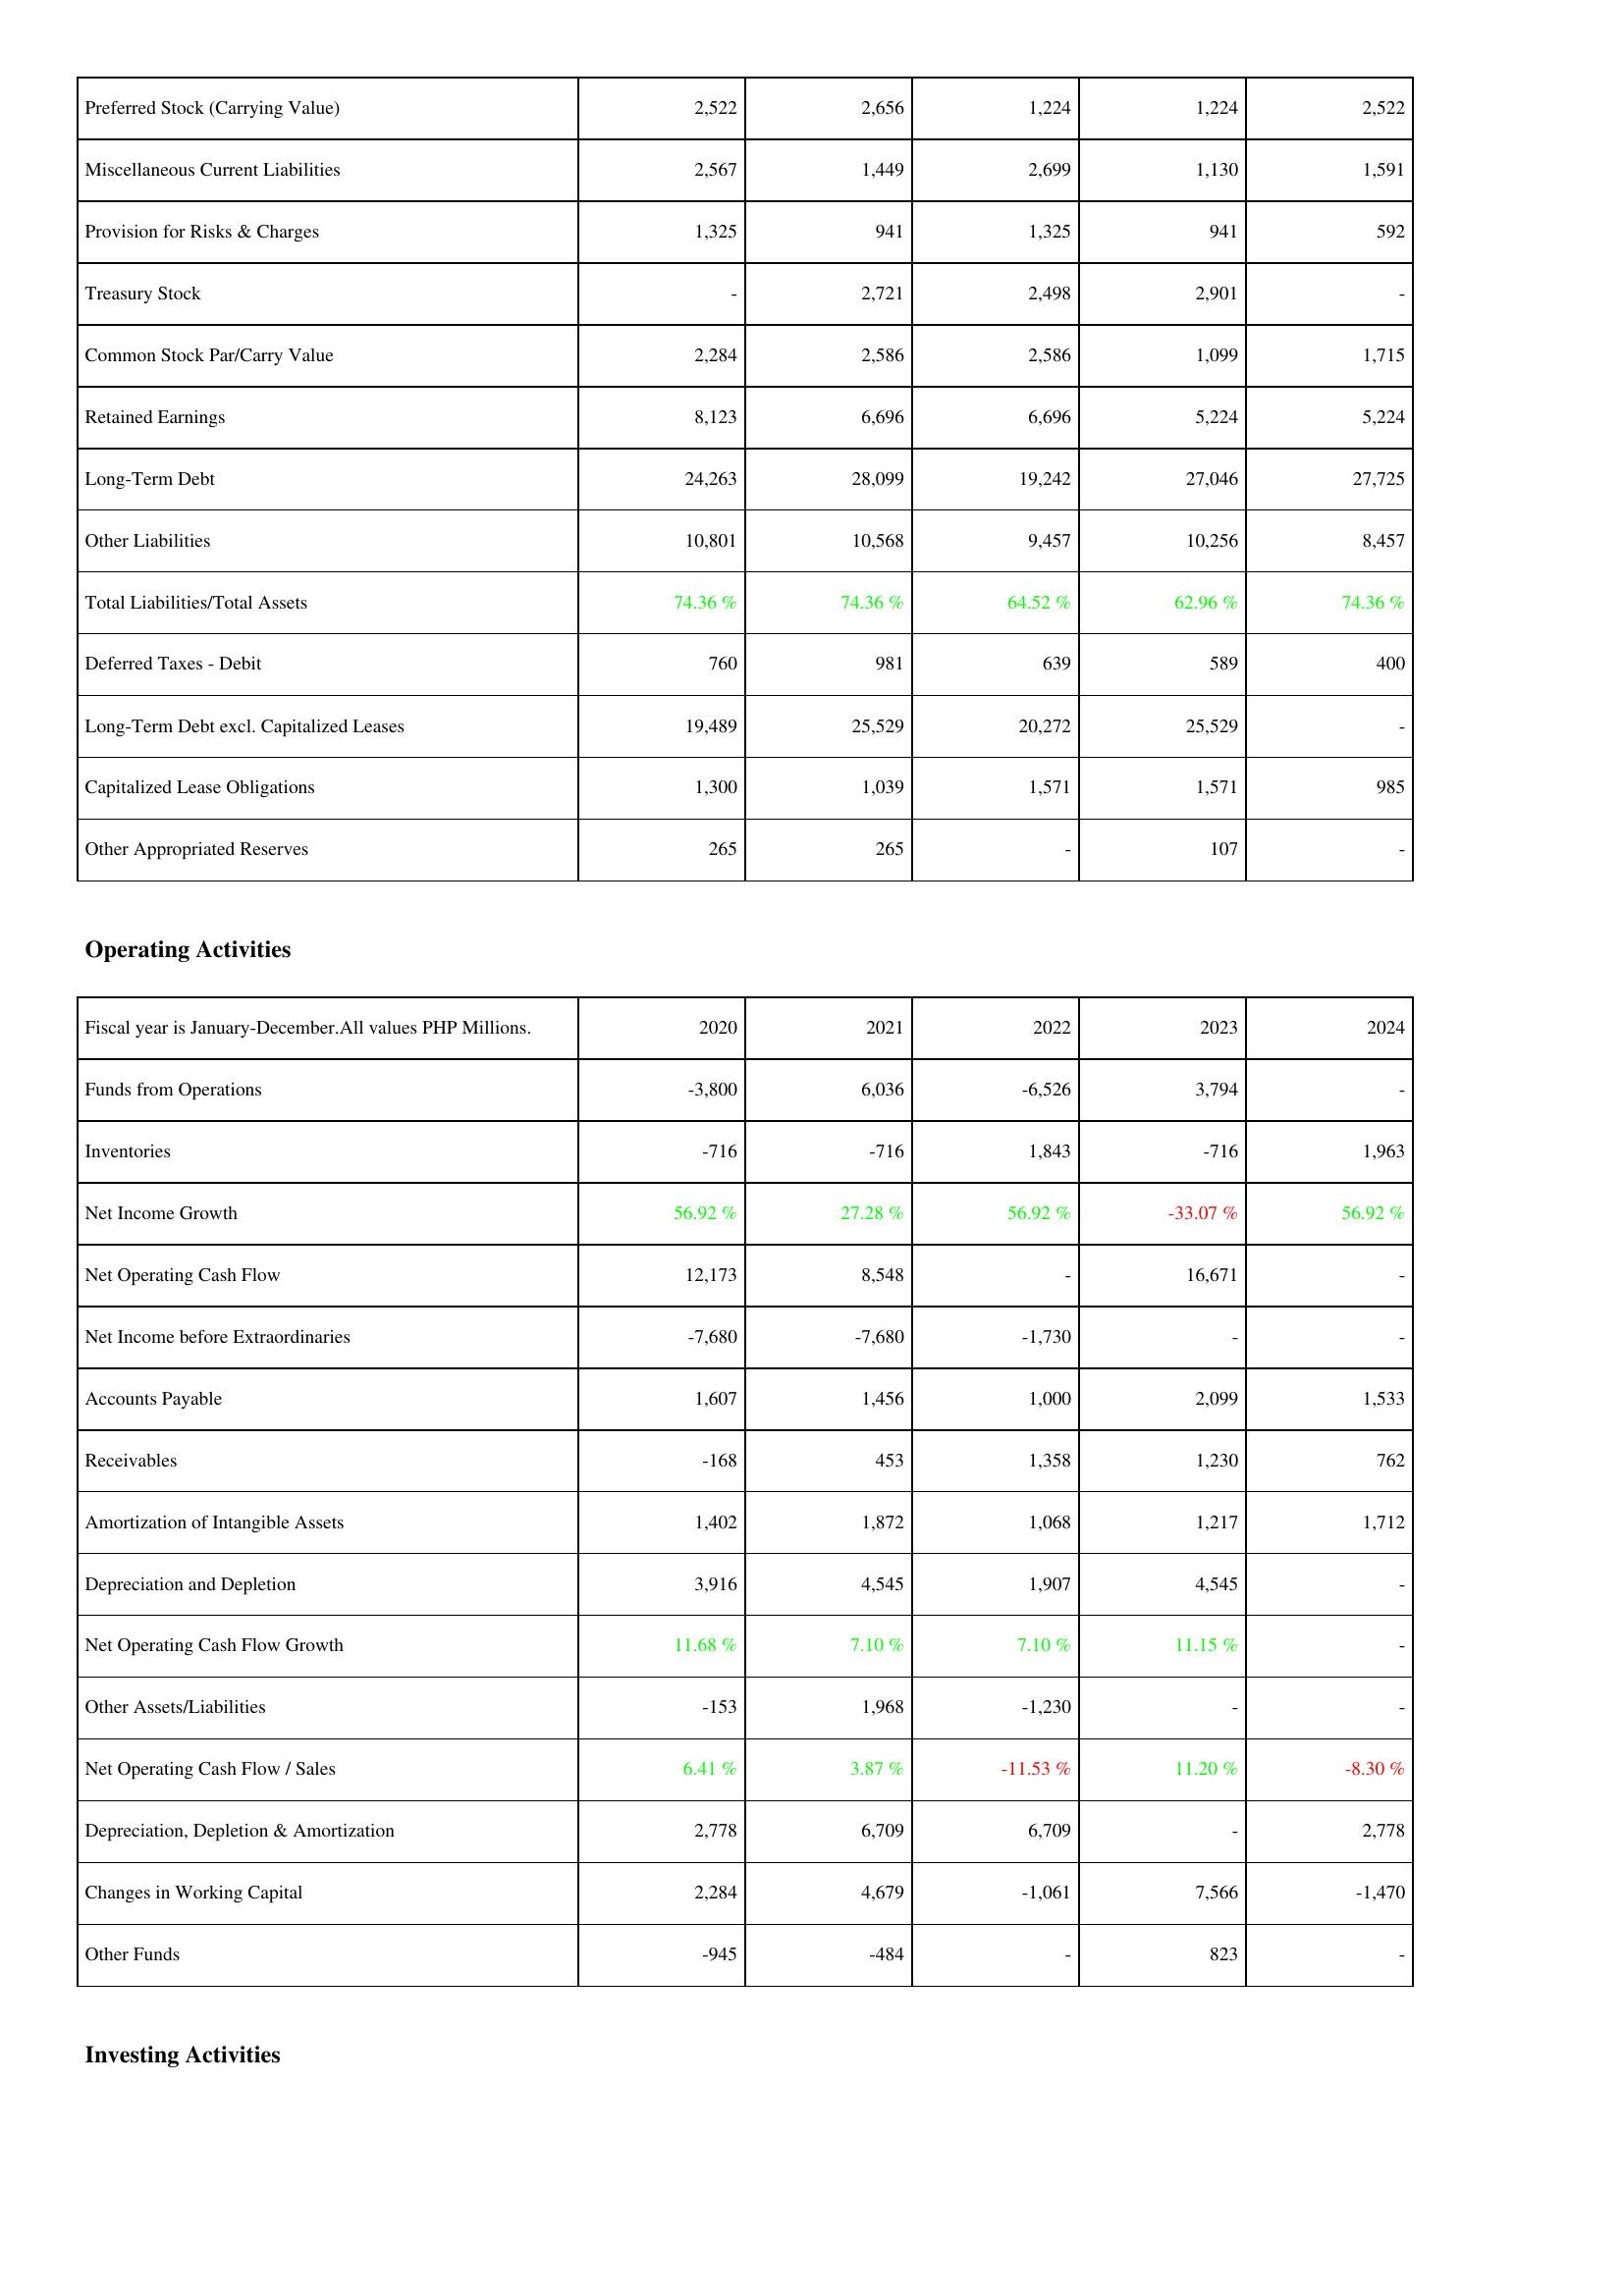
2020: Liabilities & Shareholders' Equity: Preferred Stock (Carrying Value): 2,522
Miscellaneous Current Liabilities: 2,567
Provision for Risks & Charges: 1,325
Treasury Stock: -
Common Stock Par/Carry Value: 2,284
Retained Earnings: 8,123
Long-Term Debt: 24,263
Other Liabilities: 10,801
Total Liabilities/Total Assets: 74.36 %
Deferred Taxes - Debit: 760
Long-Term Debt excl. Capitalized Leases: 19,489
Capitalized Lease Obligations: 1,300
Other Appropriated Reserves: 265
Operating Activities: Funds from Operations: -3,800
Inventories: -716
Net Income Growth: 56.92 %
Net Operating Cash Flow: 12,173
Net Income before Extraordinaries: -7,680
Accounts Payable: 1,607
Receivables: -168
Amortization of Intangible Assets: 1,402
Depreciation and Depletion: 3,916
Net Operating Cash Flow Growth: 11.68 %
Other Assets/Liabilities: -153
Net Operating Cash Flow / Sales: 6.41 %
Depreciation, Depletion & Amortization: 2,778
Changes in Working Capital: 2,284
Other Funds: -945
2021: Liabilities & Shareholders' Equity: Preferred Stock (Carrying Value): 2,656
Miscellaneous Current Liabilities: 1,449
Provision for Risks & Charges: 941
Treasury Stock: 2,721
Common Stock Par/Carry Value: 2,586
Retained Earnings: 6,696
Long-Term Debt: 28,099
Other Liabilities: 10,568
Total Liabilities/Total Assets: 74.36 %
Deferred Taxes - Debit: 981
Long-Term Debt excl. Capitalized Leases: 25,529
Capitalized Lease Obligations: 1,039
Other Appropriated Reserves: 265
Operating Activities: Funds from Operations: 6,036
Inventories: -716
Net Income Growth: 27.28 %
Net Operating Cash Flow: 8,548
Net Income before Extraordinaries: -7,680
Accounts Payable: 1,456
Receivables: 453
Amortization of Intangible Assets: 1,872
Depreciation and Depletion: 4,545
Net Operating Cash Flow Growth: 7.10 %
Other Assets/Liabilities: 1,968
Net Operating Cash Flow / Sales: 3.87 %
Depreciation, Depletion & Amortization: 6,709
Changes in Working Capital: 4,679
Other Funds: -484
2022: Liabilities & Shareholders' Equity: Preferred Stock (Carrying Value): 1,224
Miscellaneous Current Liabilities: 2,699
Provision for Risks & Charges: 1,325
Treasury Stock: 2,498
Common Stock Par/Carry Value: 2,586
Retained Earnings: 6,696
Long-Term Debt: 19,242
Other Liabilities: 9,457
Total Liabilities/Total Assets: 64.52 %
Deferred Taxes - Debit: 639
Long-Term Debt excl. Capitalized Leases: 20,272
Capitalized Lease Obligations: 1,571
Other Appropriated Reserves: -
Operating Activities: Funds from Operations: -6,526
Inventories: 1,843
Net Income Growth: 56.92 %
Net Operating Cash Flow: -
Net Income before Extraordinaries: -1,730
Accounts Payable: 1,000
Receivables: 1,358
Amortization of Intangible Assets: 1,068
Depreciation and Depletion: 1,907
Net Operating Cash Flow Growth: 7.10 %
Other Assets/Liabilities: -1,230
Net Operating Cash Flow / Sales: -11.53 %
Depreciation, Depletion & Amortization: 6,709
Changes in Working Capital: -1,061
Other Funds: -
2023: Liabilities & Shareholders' Equity: Preferred Stock (Carrying Value): 1,224
Miscellaneous Current Liabilities: 1,130
Provision for Risks & Charges: 941
Treasury Stock: 2,901
Common Stock Par/Carry Value: 1,099
Retained Earnings: 5,224
Long-Term Debt: 27,046
Other Liabilities: 10,256
Total Liabilities/Total Assets: 62.96 %
Deferred Taxes - Debit: 589
Long-Term Debt excl. Capitalized Leases: 25,529
Capitalized Lease Obligations: 1,571
Other Appropriated Reserves: 107
Operating Activities: Funds from Operations: 3,794
Inventories: -716
Net Income Growth: -33.07 %
Net Operating Cash Flow: 16,671
Net Income before Extraordinaries: -
Accounts Payable: 2,099
Receivables: 1,230
Amortization of Intangible Assets: 1,217
Depreciation and Depletion: 4,545
Net Operating Cash Flow Growth: 11.15 %
Other Assets/Liabilities: -
Net Operating Cash Flow / Sales: 11.20 %
Depreciation, Depletion & Amortization: -
Changes in Working Capital: 7,566
Other Funds: 823
2024: Liabilities & Shareholders' Equity: Preferred Stock (Carrying Value): 2,522
Miscellaneous Current Liabilities: 1,591
Provision for Risks & Charges: 592
Treasury Stock: -
Common Stock Par/Carry Value: 1,715
Retained Earnings: 5,224
Long-Term Debt: 27,725
Other Liabilities: 8,457
Total Liabilities/Total Assets: 74.36 %
Deferred Taxes - Debit: 400
Long-Term Debt excl. Capitalized Leases: -
Capitalized Lease Obligations: 985
Other Appropriated Reserves: -
Operating Activities: Funds from Operations: -
Inventories: 1,963
Net Income Growth: 56.92 %
Net Operating Cash Flow: -
Net Income before Extraordinaries: -
Accounts Payable: 1,533
Receivables: 762
Amortization of Intangible Assets: 1,712
Depreciation and Depletion: -
Net Operating Cash Flow Growth: -
Other Assets/Liabilities: -
Net Operating Cash Flow / Sales: -8.30 %
Depreciation, Depletion & Amortization: 2,778
Changes in Working Capital: -1,470
Other Funds: -